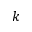
k